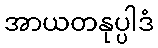
အာယတနုပ္ပါဒံ